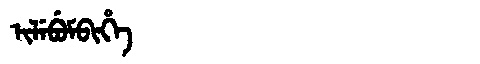
Manchu: ᡳᠯᡝᠪᡠᠮᠪᡳᡥᡝ
Romanization: ILEBUMBIHE